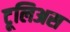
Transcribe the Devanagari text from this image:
टूलिअस